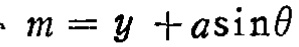
\(m = y + a\sin\theta\)